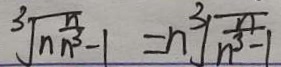
\sqrt [ 3 ] { n \frac { n } { n ^ { 3 } } } - 1 = n \sqrt [ 3 ] { \frac { n } { n ^ { 3 } - 1 } }